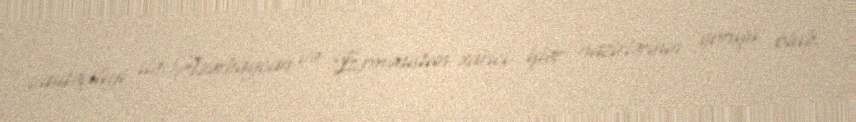
vasitəçiliyi ilə Azərbaycan və Ermənistan xarici işlər nazirlərinin görüşü olub.